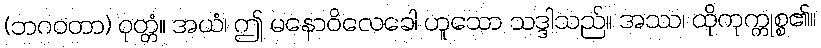
(ဘဂဝတာ) ဝုတ္တံ။ အယံ၊ ဤ မနောဝိလေခေါ ဟူသော သဒ္ဒါသည်။ အဿ၊ ထိုကုက္ကုစ္စ၏။